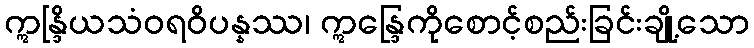
ဣန္ဒြိယသံဝရဝိပန္နဿ၊ ဣန္ဒြေကိုစောင့်စည်းခြင်းချို့သော